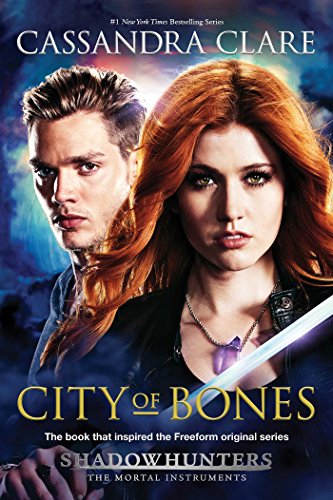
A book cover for City of Bones: TV Tie-in (The Mortal Instruments); Cassandra Clare; Teen & Young Adult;